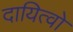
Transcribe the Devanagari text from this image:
दायित्वो